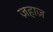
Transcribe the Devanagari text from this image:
ज़हाज़